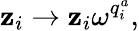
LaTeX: \mathbf{z}_{i}\rightarrow\mathbf{z}_{i}\omega^{q_{i}^{a}},